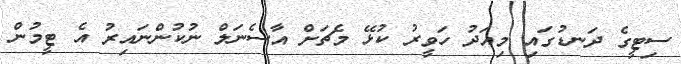
ސިޓީގެ ދަނޑުގައި މިއަދު ހަވީރު ކުޅޭ މެޗަށް އާސެނަލް ނުކުންނައިރު އެ ޓީމުން